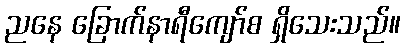
ညနေ ခြောက်နာရီကျော်စ ရှိသေးသည်။